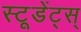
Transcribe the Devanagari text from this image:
स्टूडेंट्स्